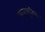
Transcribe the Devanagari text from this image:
फलश्रुतिपर